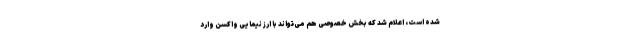
شده است، اعلام شد که بخش خصوصی هم می‌تواند با ارز نیمایی واکسن وارد